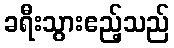
ခရီးသွားဧည့်သည်